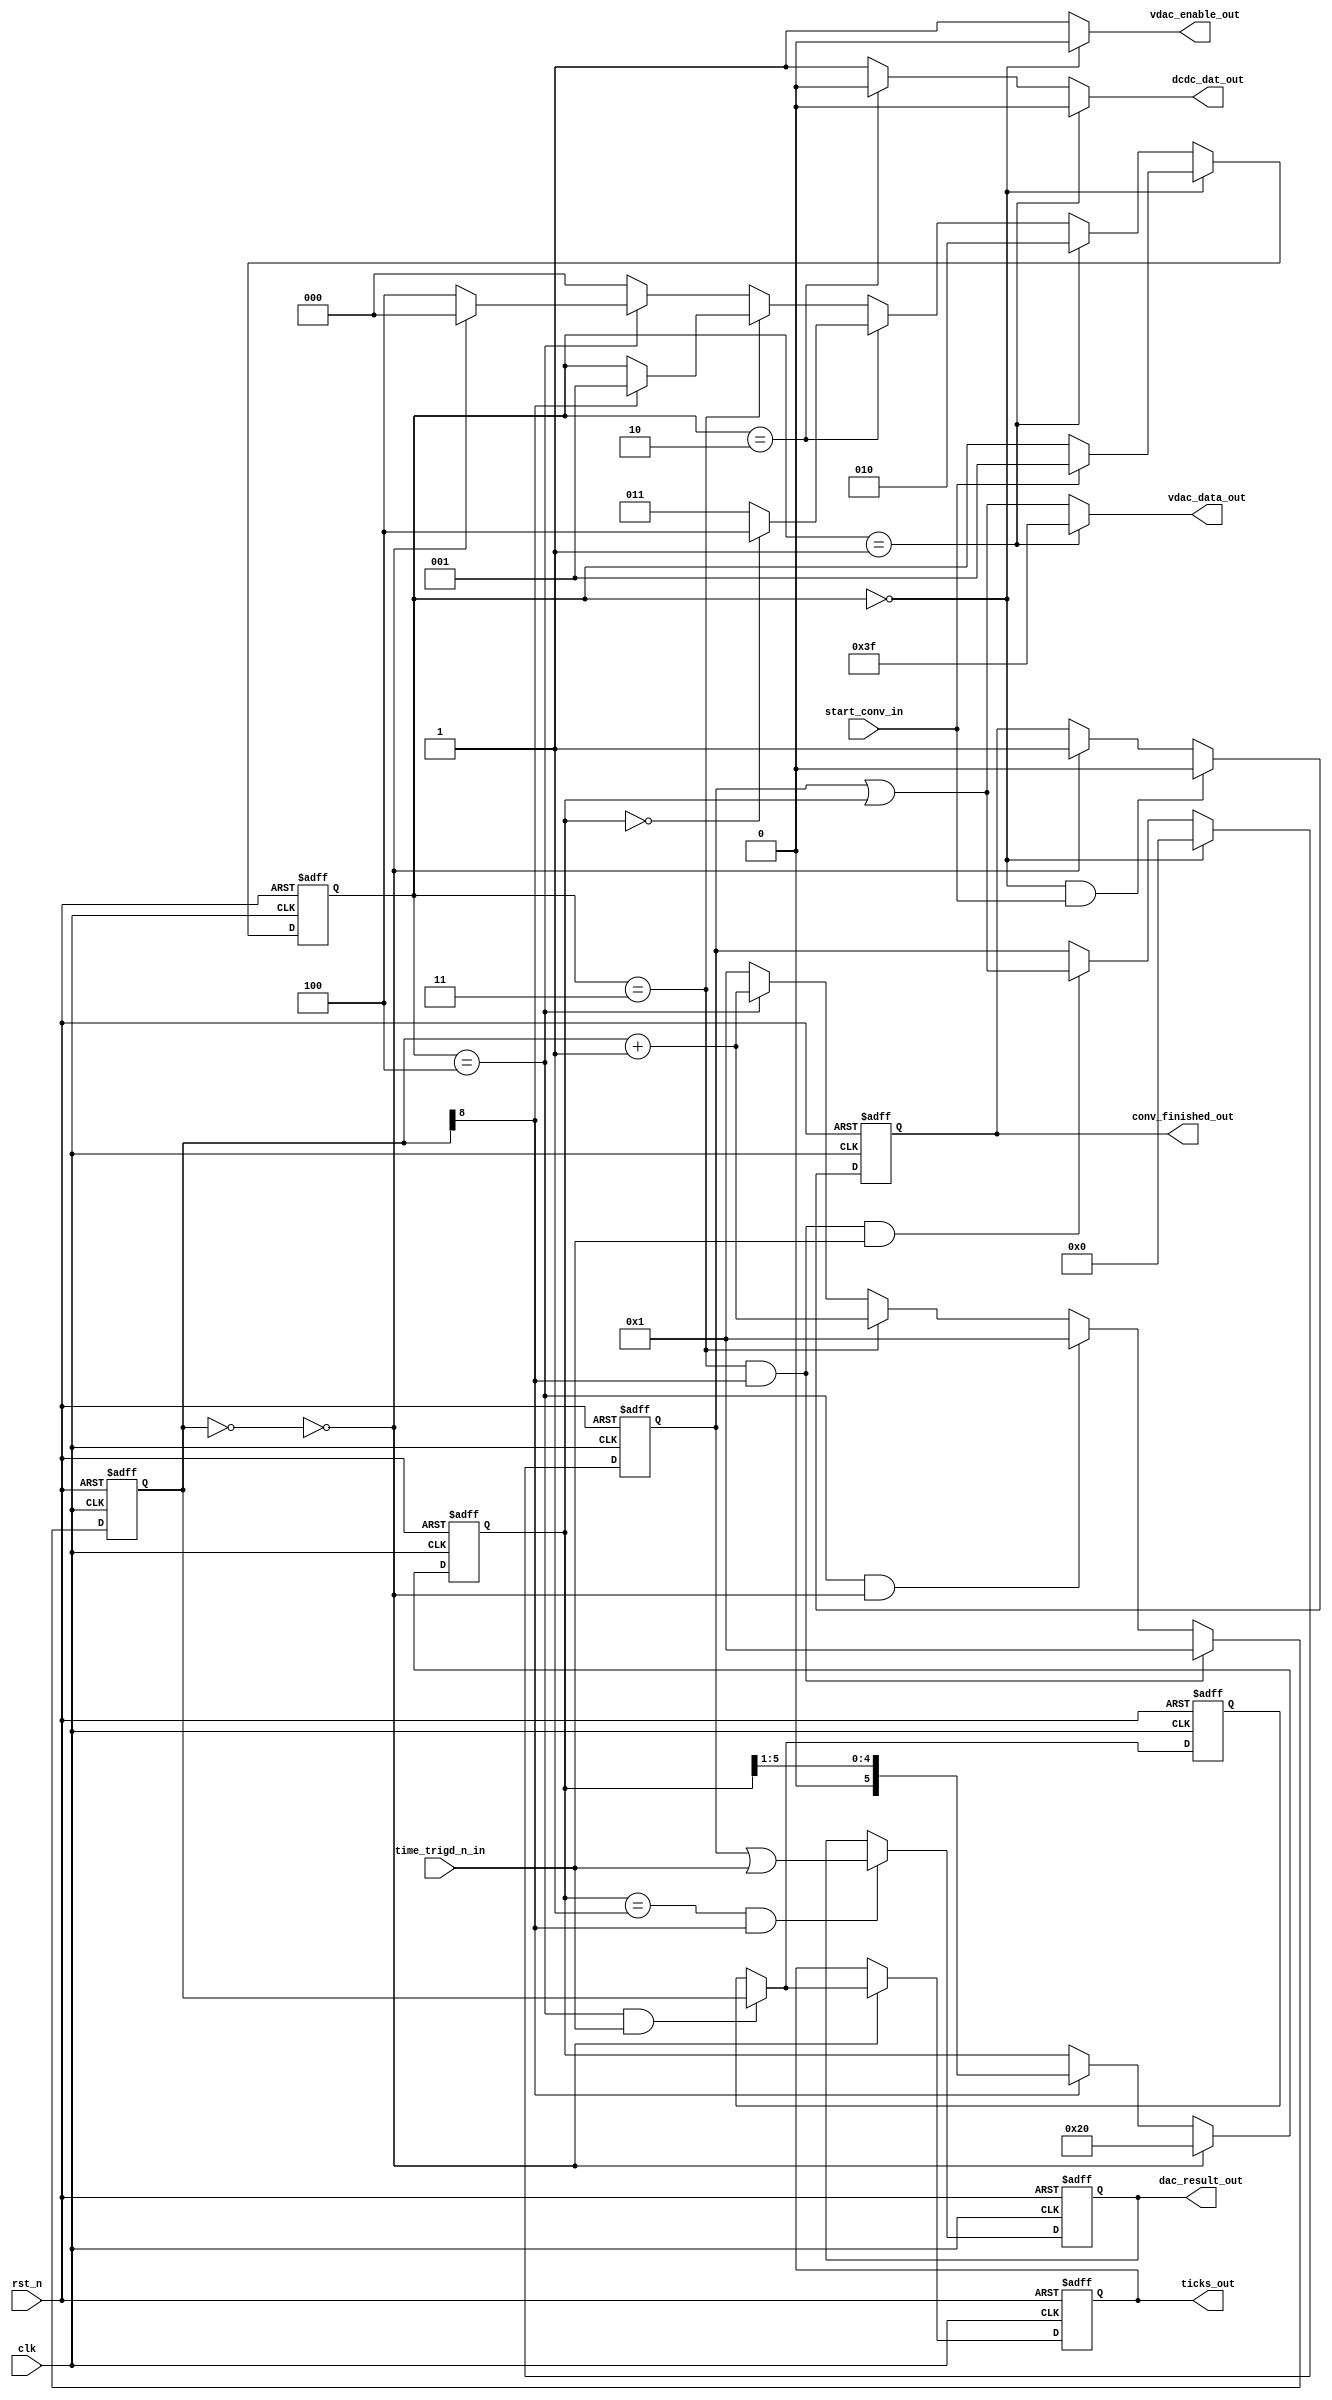
/*
* SPDX-FileCopyrightText: 2022 Manuel Moser, Michael Herber, Harald Pretl
* Johannes Kepler University, Institute for Integrated Circuits
*
* Licensed under the Apache License, Version 2.0 (the "License");
* you may not use this file except in compliance with the License.
* You may obtain a copy of the License at
*
*      http://www.apache.org/licenses/LICENSE-2.0
*
* Unless required by applicable law or agreed to in writing, software
* distributed under the License is distributed on an "AS IS" BASIS,
* WITHOUT WARRANTIES OR CONDITIONS OF ANY KIND, either express or implied.
* See the License for the specific language governing permissions and
* limitations under the License.
* SPDX-License-Identifier: Apache-2.0
*
* clk=10MHz SAR-Algorithm for Digitally Controlled Delay Cell (DCDC) temperature sensor.
* Computes the Digital-Analog-Converter (DAC) code where the Delay-cell creates a delay of 
* 1024 clk-cycles, which is a vague information about temperature.
* The detailed temperature-information is confined in the residual time-difference of
* the trigger-signal to 1024 clk-cycles, which is determined in a timespan of 2048 clk-cycles.
*  
* State machine:
*   State 1: Wait for start-trigger
*   State 2: Charge DCDC cell to max. output
*   State 3: Starve DCDC cell (set the lower DAC voltage).
*            Go to state 4 if the DAC code is not determined yet, or go to state 5.
*   State 4: Check if the current delay is less or greater 512 cycles, update DAC code depending on the result.
*            Return to state 2.
*   State 5: Measure the residual delay-time of the DCDC cell for additional temperature information. 
*/

`default_nettype none
`ifndef __TEMPSENSE_SAR_CTRL__
`define __TEMPSENSE_SAR_CTRL__

module tempsense_sar_ctrl #(parameter DAC_RESOLUTION = 6,
                            parameter COUNTER_BITWIDTH = 12) (
`ifdef USE_POWER_PINS
   inout vccd1,	// User area 1 1.8V supply
   inout vssd1,	// User area 1 digital ground
`endif
   // control
   input wire clk, 
   input wire rst_n,
   input wire start_conv_in,
   // results
   output reg [DAC_RESOLUTION-1:0]  dac_result_out,
   output reg [COUNTER_BITWIDTH-1:0] ticks_out,
   output reg conv_finished_out,
   //vdac interface
   output wire [DAC_RESOLUTION-1:0] vdac_data_out,
   output wire vdac_enable_out,
   // dcdc interface
   output wire dcdc_dat_out,
   input wire time_trigd_n_in
   );

   // to output
   wire [5:0] next_dac_result_w;
   wire       next_conv_finished_w;
   
   // DAC code handling
   reg  [DAC_RESOLUTION-1:0] dac_value_r;
   wire [DAC_RESOLUTION-1:0] next_dac_value_w;
   reg  [COUNTER_BITWIDTH-1:0] counter_r;
   wire [COUNTER_BITWIDTH-1:0] next_counter_w;
   reg  [COUNTER_BITWIDTH-1:0] ticks_r;
   wire [COUNTER_BITWIDTH-1:0] next_ticks_w;
   wire [COUNTER_BITWIDTH-1:0] next_ticks_out_w;
   reg  [DAC_RESOLUTION-1:0] current_dac_bit_r;
   wire [DAC_RESOLUTION-1:0] next_dac_bit_w;

   wire time_trigd_w = ~time_trigd_n_in;

   // State machine
   reg  [2:0] state_r;
   wire [2:0] next_state_w;
   localparam [2:0] 
    waitstate    = 3'b000,  // everything disabled
    charge_dcdc  = 3'b001,  // DCDC gets precharged (VDAC set to VDD, tri-inverter input set to 0, output thus to VDD)
    starve_dcdc  = 3'b010,  // transition into starved discharge mode (VDAC set to lower voltage, tri-inverter input unchanged)
    compare  = 3'b011,      // current-starved discharge, find SAR code (VDAC kept at lower voltage, tri-inverter input set to 1, thus output pulling to VSS)
    count_delay  = 3'b100;  // current-starved discharge, measure residual delay (VDAC kept at lower voltage, tri-inverter input set to 1, thus output pulling to VSS)

   //******************************************
   //   Synchronous process and Reset Handling
   //******************************************
   always @(posedge clk, negedge rst_n) begin
      if (rst_n == 1'b0) begin  
         dac_result_out        <= {DAC_RESOLUTION{1'b0}};
         dac_value_r           <= {DAC_RESOLUTION{1'b0}};
         conv_finished_out     <= 1'b0;
         counter_r             <= {{(COUNTER_BITWIDTH-1){1'b0}},1'b1};
         state_r               <= waitstate;
         current_dac_bit_r     <= {1'b1,{(DAC_RESOLUTION-1){1'b0}}};
         ticks_r               <= {COUNTER_BITWIDTH{1'b0}};
         ticks_out             <= {COUNTER_BITWIDTH{1'b0}};
      end 
      else begin	
         dac_result_out        <= next_dac_result_w;
         dac_value_r           <= next_dac_value_w;
         conv_finished_out     <= next_conv_finished_w;
         counter_r             <= next_counter_w;
         state_r               <= next_state_w;
         current_dac_bit_r     <= next_dac_bit_w;
         ticks_r               <= next_ticks_w;
         ticks_out             <= next_ticks_out_w;
      end
   end 

   //******************************************
   //   Combinatoric process handling
   //******************************************
   wire is_conversion_starting_w = (state_r == waitstate) & start_conv_in;
   wire compare_end_w = counter_r[COUNTER_BITWIDTH-4] == 1; // count-goal is 256
   wire count_ticks_end_w = (~counter_r) == {COUNTER_BITWIDTH{1'b0}};  // count residual until 4095
   wire is_last_bit_w    = current_dac_bit_r == {{(DAC_RESOLUTION-1){1'b0}},1'b1};
   wire is_returning_to_waitstate_w = count_ticks_end_w;
   wire comparison_done = current_dac_bit_r == {(DAC_RESOLUTION){1'b0}};

   /***************************
    State machine combinatorics
    **************************/
   // Count up when in count-state, otherwise reset counter
   wire [COUNTER_BITWIDTH-1:0] counter_reset = {{(COUNTER_BITWIDTH-1){1'b0}},1'b1};
   wire [COUNTER_BITWIDTH-1:0] one_vector = {{(COUNTER_BITWIDTH-1){1'b0}},1'b1};
   assign next_counter_w = (state_r == compare) & compare_end_w  ? counter_reset : 
                           (state_r == count_delay) & count_ticks_end_w ? counter_reset : 
                           state_r == compare     ? counter_r + one_vector : 
                           state_r == count_delay ? counter_r + one_vector :
                           counter_reset;

   // DAC-Value handling with binary SAR algorithm
   assign next_dac_bit_w = is_returning_to_waitstate_w ? {1'b1,{(DAC_RESOLUTION-1){1'b0}}} :
                           compare_end_w ? current_dac_bit_r >> 1 : 
                           current_dac_bit_r ;

   assign next_dac_value_w = state_r == waitstate    ? {DAC_RESOLUTION{1'b0}} :
                             state_r == compare & compare_end_w & ~time_trigd_w ? (dac_value_r | current_dac_bit_r) : 
                                                                                  dac_value_r;  

   assign next_dac_result_w = (is_last_bit_w  & compare_end_w ) ?  dac_value_r | {{(DAC_RESOLUTION-1){1'b0}},(~time_trigd_w)} : 
                                                                   dac_result_out ;
   
   // handle conv_finished output
   assign next_conv_finished_w = is_conversion_starting_w ? 1'b0 :
                                 is_returning_to_waitstate_w ? 1'b1 : 
                                 conv_finished_out; 
   
   // Counting clock-cylces of the last state 
   // until the delay cell triggers for additional temperature reading
   assign next_ticks_w = (state_r == count_delay) & (time_trigd_w == 0) ? counter_r : ticks_r;
   assign next_ticks_out_w = is_returning_to_waitstate_w ? next_ticks_w : ticks_out;
   
   /***************************
    VDAC output control signals
    **************************/
   assign vdac_data_out   = state_r == charge_dcdc ? {DAC_RESOLUTION{1'b1}} : (dac_value_r | current_dac_bit_r);
   assign vdac_enable_out = state_r == waitstate   ? 1'b0 : 1'b1; 

   /***************************
    DCDC output control signals
    **************************/
   assign dcdc_dat_out = state_r == charge_dcdc ? 1'b0 : 
                         state_r == starve_dcdc ? 1'b0 : 
                         1'b1;
                         
   /***************************
    State machine control
    **************************/
   assign next_state_w = state_r==waitstate   ? (start_conv_in ? charge_dcdc : state_r) : 
                         state_r==charge_dcdc ? starve_dcdc :
                         state_r==starve_dcdc ? (comparison_done ? count_delay : compare) :
                         state_r==compare     ? (compare_end_w ? charge_dcdc : state_r) :
                         state_r==count_delay ? (is_returning_to_waitstate_w ? waitstate : count_delay) :
                         waitstate;

endmodule //tempsense_sar_ctrl

`endif
`default_nettype wire